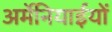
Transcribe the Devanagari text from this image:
अर्मेनियाईयों